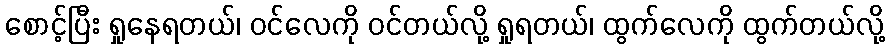
စောင့်ပြီး ရှုနေရတယ်၊ ဝင်လေကို ဝင်တယ်လို့ ရှုရတယ်၊ ထွက်လေကို ထွက်တယ်လို့